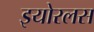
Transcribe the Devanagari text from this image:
इयोरलस